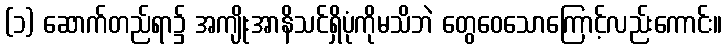
(၁) ဆောက်တည်ရာ၌ အကျိုးအာနိသင်ရှိပုံကိုမသိဘဲ တွေဝေသောကြောင့်လည်းကောင်း။